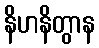
နိဟနိတွာန